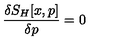
\frac { \delta S _ { H } [ x , p ] } { \delta p } = 0